Report on horse surra - Volume II, Part II
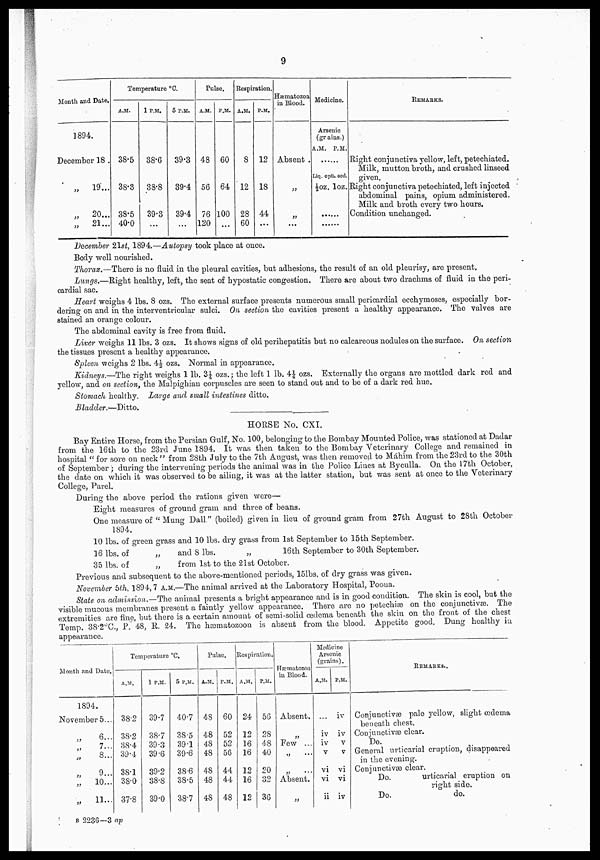
9
Month and Date.
1894.
December 18
„
19...
„
20...
„
21...
Temperature°C.
A.M.
38.5
38.3
38.5
40.0
1 P.M.
38.6
38.8
39.3
...
5 P.M.
39.3
39.4
39.4
...
Pulse.
A.M.
48
56
76
120
P.M.
60
64
100
...
Respiration.
A.M.
8
12
28
60
P.M.
12
18
44
...
Hæmatozoa
in Blood.
Absent .
„
„
...
Medicine.
Arsenic
(grains.)
A.M. P.M.
Liq. opti. sed.
½oz. loz.
.....
.....
REMARKS.
Right conjunctiva yellow, left, petechiated.
Milk, mutton broth, and crushed linseed
given.
Right conjunctiva petechiated, left injected
abdominal pains, opium administered.
Milk and broth every two hours.
Condition unchanged.
December 21st, 1894.—Autopsy took place at once.
Body well nourished.
Thorax.—There is no fluid in the pleural cavities, but adhesions, the result of an old pleurisy, are present.
Lungs.—Right healthy, left, the seat of hypostatic congestion. There are about two drachms of fluid in the peri-
cardial sac.
Heart weighs 4 lbs. 8 ozs. The external surface presents numerous small pericardial ecchymoses, especially bor-
dering on and in the interventricular sulci. On section the cavities present a healthy appearance. The valves are
stained an orange colour.
The abdominal cavity is free from fluid.
Liver weighs 11 lbs. 3 ozs. It shows signs of old perihepatitis but no calcareous nodules on the surface. On section
the tissues present a healthy appearance.
Spleen weighs 2 lbs. 4½ ozs. Normal in appearance.
Kidneys.—The right weighs 1 lb. 3¼ozs.; the left 1 lb. 4¼ozs. Externally the organs are mottled dark red and
yellow, and on section, the Malpighian corpuscles are seen to stand out and to be of a dark red hue.
Stomach healthy. Large and small intestines ditto.
Bladder.—Ditto.
HORSE No. CXI.
Bay Entire Horse, from the Persian Gulf, No. 100, belonging to the Bombay Mounted Police, was stationed at Daclar
from the 16th to the 23rd June 1894. It was then taken to the Bombay Veterinary College and remained in
hospital "for sore on neck" from 28th July to the 7th August, was then removed to Mahim from the 23rd to the 30th
of September ; during the intervening periods the animal was in the Police Lines at Byculla. On the 17th October,
the date on which it was observed to be ailing, it was at the latter station, but was sent at once to the Veterinary
College, Pavel.
During the above period the rations given were—
Eight measures of ground gram and three of beans.
One measure of " Mung Dall." (boiled) given in lieu of ground gram from 27th August to 28th October
1894.
10 lbs. of green grass and 10 lbs. dry grass from 1st September to 15th September.
16 lbs. of
„
and 8 lbs.
„
16th September to 30th September.
35 lbs. of
„
from 1st to the 21st October.
Previous and subsequent to the above-mentioned periods, 151bs, of dry grass was given.
November 5h, 1894,7 A.M.—The animal arrived at the Laboratory Hospital, Poona.
State on admission,—The animal presents a bright appearance and is in good condition. The skin is cool, but the
visible mucous membranes present a faintly yellow appearance. There are no petechiæ on the conjunctivæ. The
extremities are fine, but there is a certain amo.unt of semi-solid oedema beneath the skin on the front of the chest
Temp. 38.2°C, P.. 48, R. 24. The hæmatozoon is absent from the blood. Appetite good. Dung healthy in
appearance.
Month and Date.
1894.
November 5...
6...
7...
„
8...
9...
„
10...
„
11...
Temperature °C.
A.M.
38.2
38.2
38.4
39.4
38.1
38.0
37.8
1 P.M.
39.7
38.7
39.3
39.6
39.2
38.8
39.0
5 P.M.
40.7
38.5
39.1
39.6
386
38.5
38.7
Pulse.
A.M.
48
48
48
48
48
48
48
P.M.
60
52
52
56
44
44
48
Respiration.
A.M.
24
12
16
16
12
16
12
P.M.
56
28
48
40
20
32
36
Hæmatozoa
in Blood.
Absent.
Pew ...
„ ...
Absent.
„
Medicine
Arsenic
(grains).
A.M.
iv
iv
v
vi
vi
ii
P.M.
iv
iv
v
v
vi
vi
iv
REMARKS.
Conjunctivæ pale yellow, slight (œdema
beneath chest.
Conjunctivas clear.
Do.
General urticarial eruption, disappeared
in the evening.
Conjunctivæ clear.
Do.
urticarial eruption on
right side.
Do.
do.
B
2236—3ap